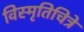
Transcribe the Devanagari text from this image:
विस्मृतिचित्रे